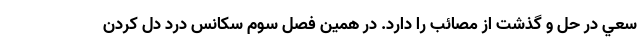
سعي در حل و گذشت از مصائب را دارد. در همین فصل سوم سکانس درد دل کردن